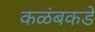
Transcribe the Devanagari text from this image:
कळंबकडे